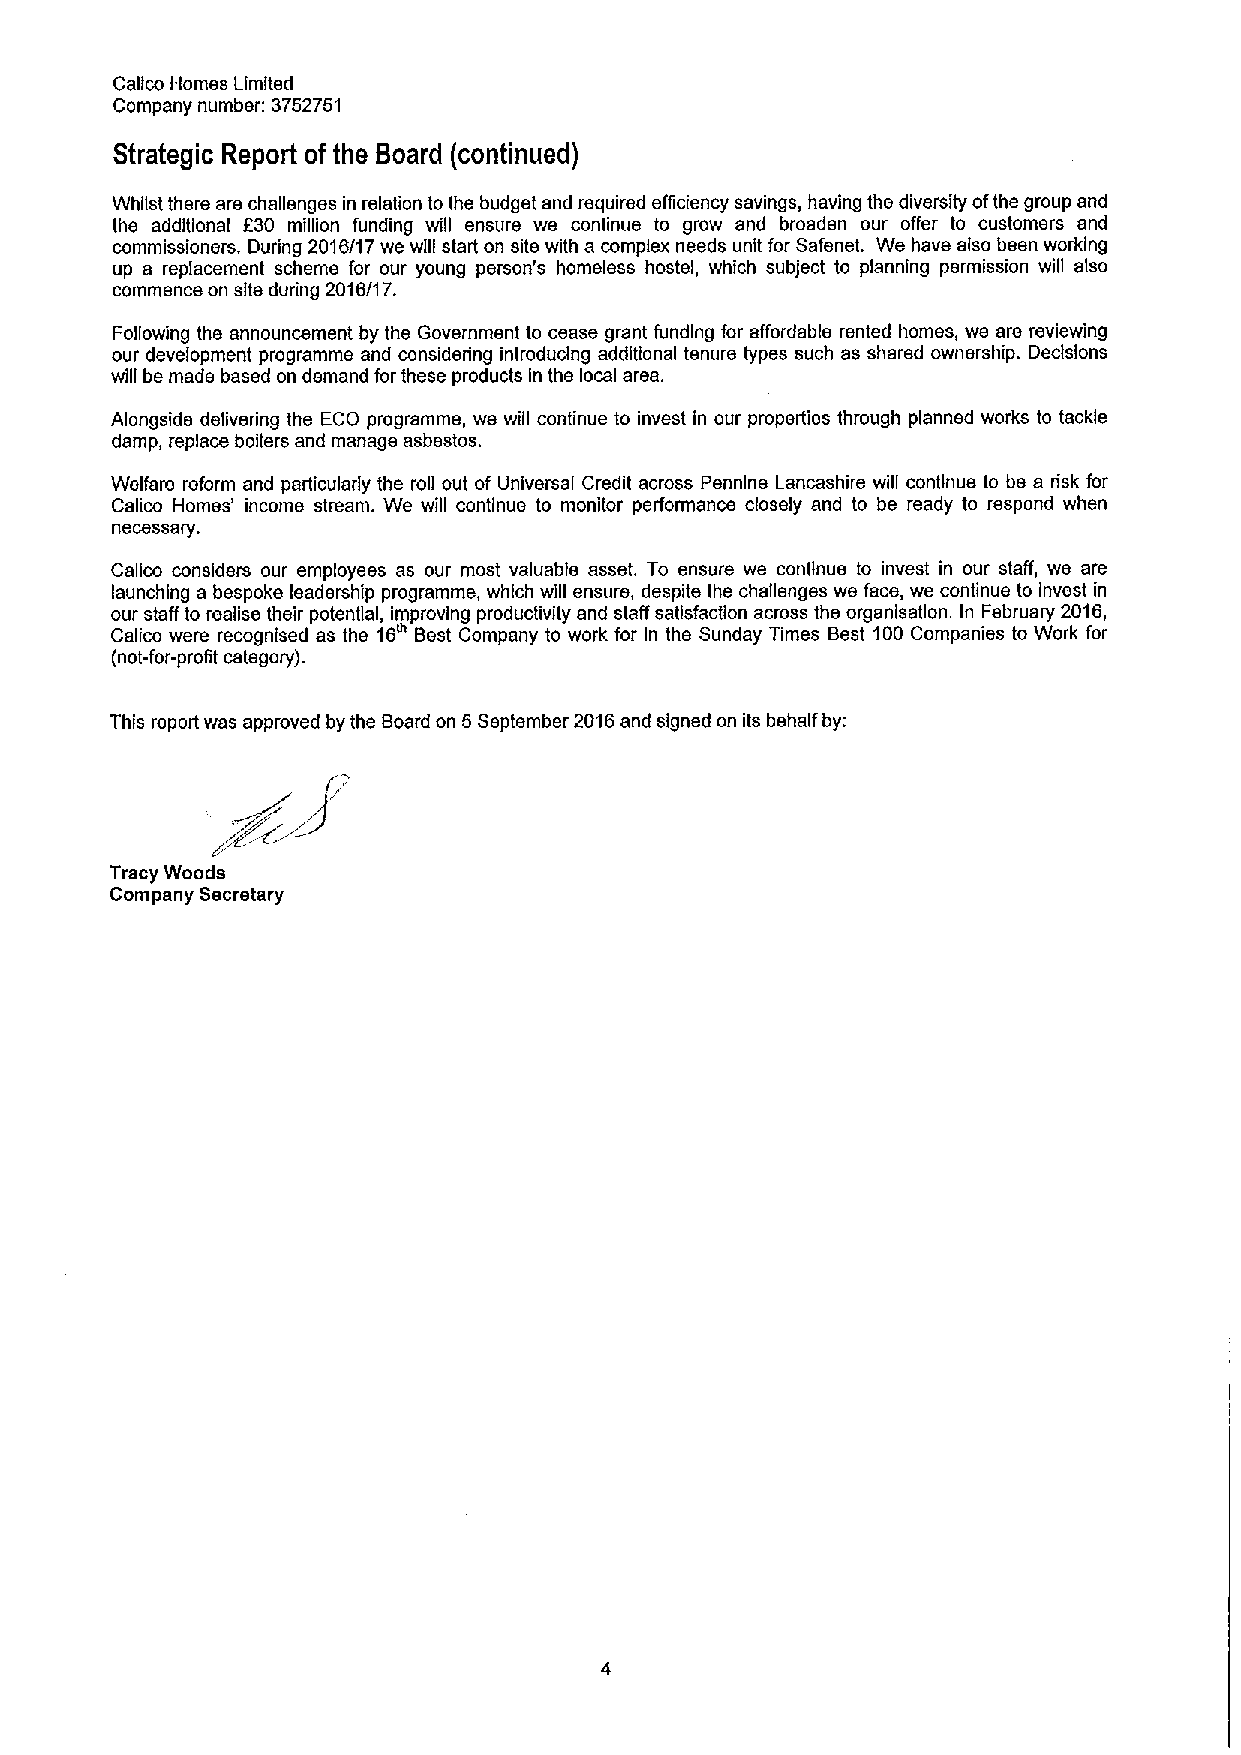
Calico Homes Limited
 Company number: 3752751
 Strategic Report of the Board (continued)
 Whilst there are challenges in relation to the budget and required efficiency savings, having the diversity ofthe group and
 the additional f30 million funding viill ensure we continue to grow and broaden our offer to customers and
 commissioners. During 2016/17 we will start on site with a complex needs unit for Safenet. We have also been working
 up a replacement scheme for our young person's homeless hostel, which subject to planning permission will also
 commence on site during 2016/17.
 Following the announcement by the Government to cease grant funding for affordable rented homes, we ars reviewing
 our development programme and considering introducing additional tenure types such as shared ownership. Decisions
 will be made based on demand for these products In ths local area.
 Alongside delivering the ECO programme, we will continue to invest in our properties through planned works to tackle
 damp, replace boilers and manage asbestos.
 Welfare reform and paAicularly the roll out of Universal Credit across Pennlne Lancashire will continue to be a risk for
 Calico Homes' income stream. We will continue to monitor performance closely and to be ready to respond when
 necessary.
 Calico considers our employees as our most valuable asset. To ensure we continue to invest in our staff, we are
 launching a bespoke leadership programme, which will ensure, despite the challenges ws face, we continue to invest in
 our staff to realise thejir potential, improving productivity and staff satisfaction across the organisatlon. In February 2016,
 Calico were recognised as the 16 Best Company to work for In ths Sunday Times Best 100Companies to Work for
 (not-for-profit categorY).
 This report was approved by the Board on 5September 2016and signed on its behalf by:
 Tracy Woods
 Company Secretary